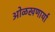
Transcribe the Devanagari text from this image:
ओळखणार्या